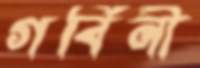
গর্বিনী